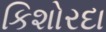
કિશોરદા